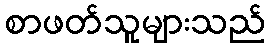
စာဖတ်သူများသည်